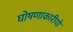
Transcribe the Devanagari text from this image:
घोषणाकारीयों